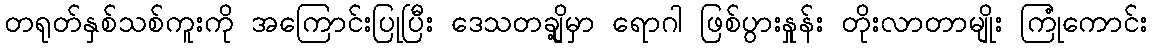
တရုတ်နှစ်သစ်ကူးကို အကြောင်းပြုပြီး ဒေသတချို့မှာ ရောဂါ ဖြစ်ပွားနှုန်း တိုးလာတာမျိုး ကြုံကောင်း